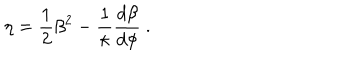
LaTeX: \eta = { \frac { 1 } { 2 } } \beta ^ { 2 } - \frac { 1 } { \kappa } { \frac { d \beta } { d \phi } } ~ .